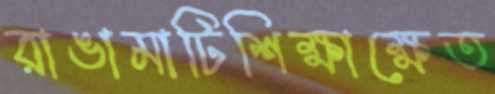
রাঙামাটিশিক্ষাক্ষেত